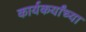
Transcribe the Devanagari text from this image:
कार्यकर्यांच्या